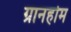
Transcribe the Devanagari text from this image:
ग्रानहोम